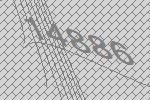
14886